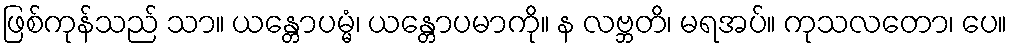
ဖြစ်ကုန်သည် သာ။ ယန္တောပမ္မံ၊ ယန္တောပမာကို။ န လဗ္ဘတိ၊ မရအပ်။ ကုသလတော၊ ပေ။